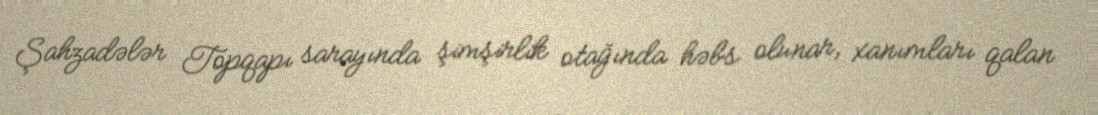
Şahzadələr Topqapı sarayında şimşirlik otağında həbs olunar, xanımları qalan